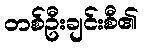
တစ်ဦးချင်းစီ၏